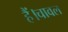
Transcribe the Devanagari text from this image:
हैं।चावल